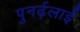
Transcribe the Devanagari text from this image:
पुनर्ढ़लाई